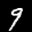
Label: 9